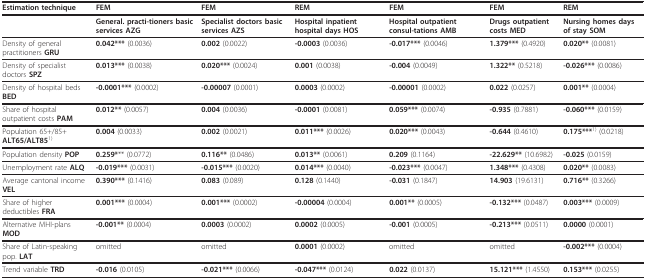
<table><thead><tr><td><b>Estimation technique</b></td><td><b>FEM</b></td><td><b>FEM</b></td><td><b>REM</b></td><td><b>FEM</b></td><td><b>FEM</b></td><td><b>REM</b></td></tr></thead><tbody><tr><td></td><td><b>General. practi-tioners basic services AZG</b></td><td><b>Specialist doctors basic services AZS</b></td><td><b>Hospital inpatient hospital days HOS</b></td><td><b>Hospital outpatient consul-tations AMB</b></td><td><b>Drugs outpatient costs MED</b></td><td><b>Nursing homes days of stay SOM</b></td></tr><tr><td>Density of general practitioners <b>GRU</b></td><td><b>0.042*** </b>(0.0036)</td><td><b>0.002 </b>(0.0022)</td><td><b>-0.0003 </b>(0.0036)</td><td><b>-0.017*** </b>(0.0046)</td><td><b>1.379*** </b>(0.4920)</td><td><b>0.020** </b>(0.0081)</td></tr><tr><td>Density of specialist doctors <b>SPZ</b></td><td><b>0.013*** </b>(0.0038)</td><td><b>0.020*** </b>(0.0024)</td><td><b>0.001 </b>(0.0038)</td><td><b>-0.004 </b>(0.0049)</td><td><b>1.322** </b>(0.5218)</td><td><b>-0.026*** </b>(0.0086)</td></tr><tr><td>Density of hospital beds <b>BED</b></td><td><b>-0.0001*** </b>(0.0002)</td><td><b>-0.00007 </b>(0.0001)</td><td><b>0.0003 </b>(0.0002)</td><td><b>-0.00001 </b>(0.0002)</td><td><b>0.022 </b>(0.0257)</td><td><b>0.001** </b>(0.0004)</td></tr><tr><td>Share of hospital outpatient costs <b>PAM</b></td><td><b>0.012** </b>(0.0057)</td><td><b>0.004 </b>(0.0036)</td><td><b>-0.0001 </b>(0.0081)</td><td><b>0.059*** </b>(0.0074)</td><td><b>-0.935 </b>(0.7881)</td><td><b>-0.060*** </b>(0.0159)</td></tr><tr><td>Population 65+/85+ <b>ALT65/ALT85</b><sup>1)</sup></td><td><b>0.004 </b>(0.0033)</td><td><b>0.002 </b>(0.0021)</td><td><b>0.011*** </b>(0.0026)</td><td><b>0.020*** </b>(0.0043)</td><td><b>-0.644 </b>(0.4610)</td><td><b>0.175***</b><sup>1) </sup>(0.0218)</td></tr><tr><td>Population density <b>POP</b></td><td><b>0.259*</b>** (0.0772)</td><td><b>0.116** </b>(0.0486)</td><td><b>0.013** </b>(0.0061)</td><td><b>0.209 </b>(0.1164)</td><td><b>-22.629** </b>(10.6982)</td><td><b>-0.025 </b>(0.0159)</td></tr><tr><td>Unemployment rate <b>ALQ</b></td><td><b>-0.019*** </b>(0.0031)</td><td><b>-0.015*** </b>(0.0020)</td><td><b>0.014*** </b>(0.0040)</td><td><b>-0.023*** </b>(0.0047)</td><td><b>1.348*** </b>(0.4308)</td><td><b>0.020** </b>(0.0083)</td></tr><tr><td>Average cantonal income <b>VEL</b></td><td><b>0.390*** </b>(0.1416)</td><td><b>0.083 </b>(0.089)</td><td><b>0.128 </b>(0.1440)</td><td><b>-0.031 </b>(0.1847)</td><td><b>14.903 </b>(19.6131)</td><td><b>0.716** </b>(0.3266)</td></tr><tr><td>Share of higher deductibles <b>FRA</b></td><td><b>0.001*** </b>(0.0004)</td><td><b>0.001*** </b>(0.0002)</td><td><b>-0.00004 </b>(0.0004)</td><td><b>0.001** </b>(0.0005)</td><td><b>-0.132*** </b>(0.0487)</td><td><b>0.003*** </b>(0.0009)</td></tr><tr><td>Alternative MHI-plans <b>MOD</b></td><td><b>-0.001** </b>(0.0004)</td><td><b>0.0003 </b>(0.0002)</td><td><b>0.0002 </b>(0.0005)</td><td><b>-0.001 </b>(0.0005)</td><td><b>-0.213*** </b>(0.0511)</td><td><b>0.0000 </b>(0.0001)</td></tr><tr><td>Share of Latin-speaking pop. <b>LAT</b></td><td>omitted</td><td>omitted</td><td><b>0.0001 </b>(0.0002)</td><td>omitted</td><td>omitted</td><td><b>-0.002*** </b>(0.0004)</td></tr><tr><td>Trend variable <b>TRD</b></td><td><b>-0.016 </b>(0.0105)</td><td><b>-0.021*** </b>(0.0066)</td><td><b>-0.047*** </b>(0.0124)</td><td><b>0.022 </b>(0.0137)</td><td><b>15.121*** </b>(1.4550)</td><td><b>0.153*** </b>(0.0255)</td></tr></tbody></table>